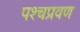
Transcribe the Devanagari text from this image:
पश्चप्रवण